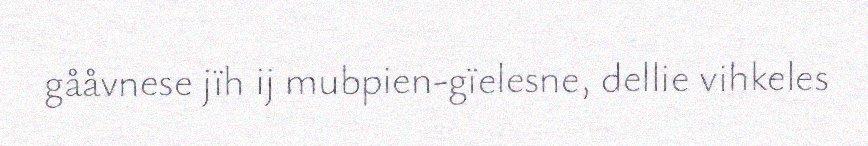
gååvnese jïh ij mubpien-gïelesne, dellie vihkeles